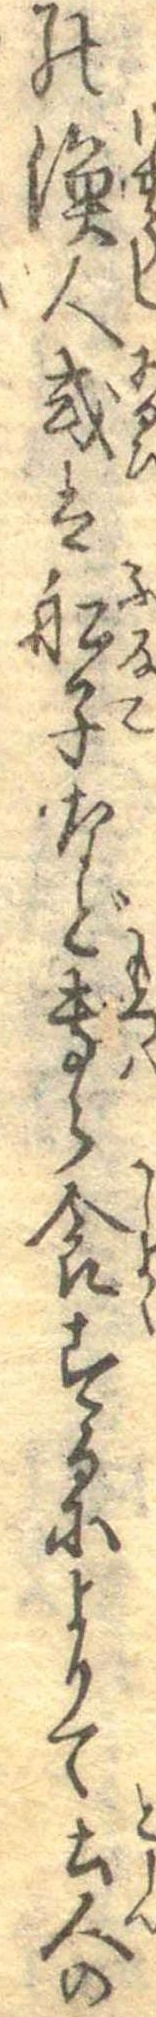
の漁人或は船子など専ら食するによりて土人の